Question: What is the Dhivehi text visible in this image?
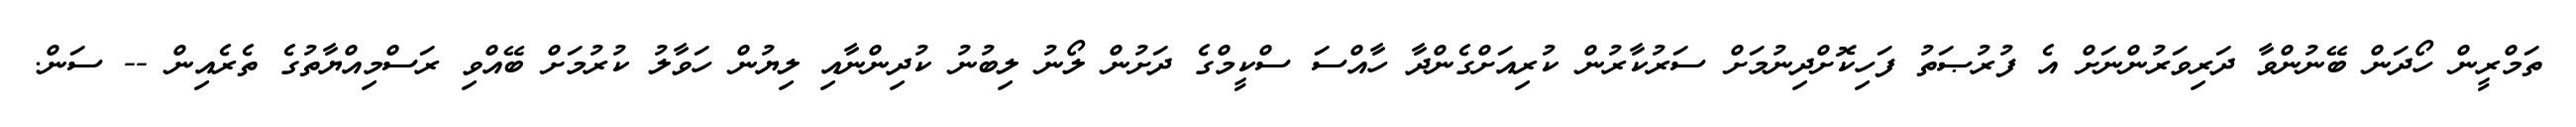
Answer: ތަމްރީން ހޯދަން ބޭނުންވާ ދަރިވަރުންނަށް އެ ފުރުޞަތު ފަހިކޮށްދިނުމަށް ސަރުކާރުން ކުރިއަށްގެންދާ ހާއްސަ ސްކީމްގެ ދަށުން ލޯނު ލިބުނު ކުދިންނާއި ލިޔުން ހަވާލު ކުރުމަށް ބޭއްވި ރަސްމިއްޔާތުގެ ތެރެއިން -- ސަން.